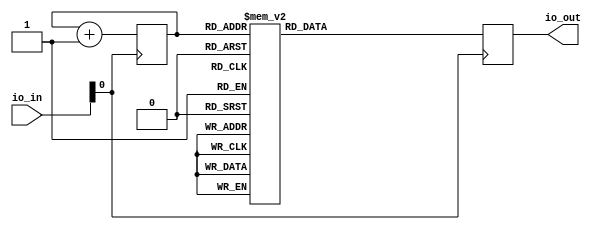
module secretFile (
    input [7:0] io_in,
    output reg [7:0] io_out
);

wire clk = io_in[0];

reg [8:0] index;

always@(posedge clk) begin
//	if(index == 9'd487)
//		index <= 9'd0;
//	else
	index <= index + 1'd1;
	case(index)
		9'b000000000: io_out <= 8'b01000111;
		9'b000000001: io_out <= 8'b01001001;
		9'b000000010: io_out <= 8'b01000110;
		9'b000000011: io_out <= 8'b00111000;
		9'b000000100: io_out <= 8'b00111001;
		9'b000000101: io_out <= 8'b01100001;
		9'b000000110: io_out <= 8'b00100000;
		9'b000001000: io_out <= 8'b00100000;
		9'b000001010: io_out <= 8'b11110001;
		9'b000001101: io_out <= 8'b01000001;
		9'b000001110: io_out <= 8'b00111000;
		9'b000001111: io_out <= 8'b00101110;
		9'b000010000: io_out <= 8'b10010111;
		9'b000010001: io_out <= 8'b01101000;
		9'b000010010: io_out <= 8'b01100110;
		9'b000010011: io_out <= 8'b10100001;
		9'b000010100: io_out <= 8'b10100010;
		9'b000010101: io_out <= 8'b10110010;
		9'b000011001: io_out <= 8'b00100001;
		9'b000011010: io_out <= 8'b11111111;
		9'b000011011: io_out <= 8'b00001011;
		9'b000011100: io_out <= 8'b01001110;
		9'b000011101: io_out <= 8'b01000101;
		9'b000011110: io_out <= 8'b01010100;
		9'b000011111: io_out <= 8'b01010011;
		9'b000100000: io_out <= 8'b01000011;
		9'b000100001: io_out <= 8'b01000001;
		9'b000100010: io_out <= 8'b01010000;
		9'b000100011: io_out <= 8'b01000101;
		9'b000100100: io_out <= 8'b00110010;
		9'b000100101: io_out <= 8'b00101110;
		9'b000100110: io_out <= 8'b00110000;
		9'b000100111: io_out <= 8'b00000011;
		9'b000101000: io_out <= 8'b00000001;
		9'b000101100: io_out <= 8'b00100001;
		9'b000101101: io_out <= 8'b11111001;
		9'b000101110: io_out <= 8'b00000100;
		9'b000101111: io_out <= 8'b00000100;
		9'b000110000: io_out <= 8'b00011110;
		9'b000110010: io_out <= 8'b11111111;
		9'b000110100: io_out <= 8'b00101100;
		9'b000111001: io_out <= 8'b00100000;
		9'b000111011: io_out <= 8'b00100000;
		9'b000111110: io_out <= 8'b00000010;
		9'b000111111: io_out <= 8'b01110001;
		9'b001000000: io_out <= 8'b10010100;
		9'b001000001: io_out <= 8'b10001111;
		9'b001000010: io_out <= 8'b10101001;
		9'b001000011: io_out <= 8'b11001011;
		9'b001000100: io_out <= 8'b11101101;
		9'b001000101: io_out <= 8'b00001111;
		9'b001000110: io_out <= 8'b10100011;
		9'b001000111: io_out <= 8'b10011100;
		9'b001001000: io_out <= 8'b00110100;
		9'b001001001: io_out <= 8'b10000001;
		9'b001001010: io_out <= 8'b00001011;
		9'b001001011: io_out <= 8'b01000010;
		9'b001001100: io_out <= 8'b01110101;
		9'b001001101: io_out <= 8'b00011000;
		9'b001001110: io_out <= 8'b11101111;
		9'b001001111: io_out <= 8'b00010101;
		9'b001010000: io_out <= 8'b01100100;
		9'b001010001: io_out <= 8'b01000001;
		9'b001010010: io_out <= 8'b00001000;
		9'b001010011: io_out <= 8'b01111100;
		9'b001010100: io_out <= 8'b11001010;
		9'b001010101: io_out <= 8'b10001000;
		9'b001010110: io_out <= 8'b10001110;
		9'b001010111: io_out <= 8'b11100110;
		9'b001011000: io_out <= 8'b10011001;
		9'b001011001: io_out <= 8'b01101010;
		9'b001011010: io_out <= 8'b00101011;
		9'b001011011: io_out <= 8'b11010010;
		9'b001011100: io_out <= 8'b10111010;
		9'b001011101: io_out <= 8'b10101111;
		9'b001011110: io_out <= 8'b00010001;
		9'b001011111: io_out <= 8'b11001111;
		9'b001100000: io_out <= 8'b01000111;
		9'b001100001: io_out <= 8'b01101011;
		9'b001100010: io_out <= 8'b11011111;
		9'b001100011: io_out <= 8'b01101001;
		9'b001100100: io_out <= 8'b10101110;
		9'b001100101: io_out <= 8'b10101011;
		9'b001100110: io_out <= 8'b01111100;
		9'b001100111: io_out <= 8'b11101100;
		9'b001101000: io_out <= 8'b00110011;
		9'b001101001: io_out <= 8'b10000101;
		9'b001101010: io_out <= 8'b01110000;
		9'b001101011: io_out <= 8'b00011101;
		9'b001101100: io_out <= 8'b10011001;
		9'b001101101: io_out <= 8'b10000100;
		9'b001101110: io_out <= 8'b10010100;
		9'b001101111: io_out <= 8'b00010001;
		9'b001110000: io_out <= 8'b11111000;
		9'b001110001: io_out <= 8'b00111010;
		9'b001110010: io_out <= 8'b00010111;
		9'b001110011: io_out <= 8'b01100011;
		9'b001110100: io_out <= 8'b01100011;
		9'b001110101: io_out <= 8'b01010100;
		9'b001110110: io_out <= 8'b01010100;
		9'b001110111: io_out <= 8'b11010010;
		9'b001111000: io_out <= 8'b10011000;
		9'b001111001: io_out <= 8'b01001001;
		9'b001111010: io_out <= 8'b00001000;
		9'b001111011: io_out <= 8'b10110101;
		9'b001111100: io_out <= 8'b00001001;
		9'b001111101: io_out <= 8'b10111101;
		9'b001111110: io_out <= 8'b01000110;
		9'b001111111: io_out <= 8'b10101110;
		9'b010000000: io_out <= 8'b00100010;
		9'b010000001: io_out <= 8'b01101110;
		9'b010000010: io_out <= 8'b11001001;
		9'b010000011: io_out <= 8'b01111010;
		9'b010000100: io_out <= 8'b11001101;
		9'b010000101: io_out <= 8'b01101010;
		9'b010000110: io_out <= 8'b11000001;
		9'b010000111: io_out <= 8'b01010100;
		9'b010001000: io_out <= 8'b00010010;
		9'b010001001: io_out <= 8'b10001010;
		9'b010001010: io_out <= 8'b10111001;
		9'b010001011: io_out <= 8'b11100101;
		9'b010001100: io_out <= 8'b00001110;
		9'b010001101: io_out <= 8'b11000101;
		9'b010001110: io_out <= 8'b10010111;
		9'b010001111: io_out <= 8'b10110100;
		9'b010010000: io_out <= 8'b11110111;
		9'b010010001: io_out <= 8'b11011100;
		9'b010010010: io_out <= 8'b01110001;
		9'b010010011: io_out <= 8'b10111111;
		9'b010010100: io_out <= 8'b10010001;
		9'b010010101: io_out <= 8'b01001101;
		9'b010010110: io_out <= 8'b10110010;
		9'b010010111: io_out <= 8'b10010111;
		9'b010011000: io_out <= 8'b11111011;
		9'b010011001: io_out <= 8'b01100000;
		9'b010011010: io_out <= 8'b11011111;
		9'b010011011: io_out <= 8'b10011001;
		9'b010011100: io_out <= 8'b11001110;
		9'b010011101: io_out <= 8'b00000100;
		9'b010011110: io_out <= 8'b01111100;
		9'b010011111: io_out <= 8'b10001111;
		9'b010100000: io_out <= 8'b11110110;
		9'b010100001: io_out <= 8'b11110100;
		9'b010100010: io_out <= 8'b00000111;
		9'b010100011: io_out <= 8'b01011000;
		9'b010100100: io_out <= 8'b11100111;
		9'b010100101: io_out <= 8'b10100000;
		9'b010100110: io_out <= 8'b00000111;
		9'b010100111: io_out <= 8'b11011000;
		9'b010101000: io_out <= 8'b01110111;
		9'b010101001: io_out <= 8'b01000010;
		9'b010101010: io_out <= 8'b01011000;
		9'b010101011: io_out <= 8'b01111000;
		9'b010101100: io_out <= 8'b10100100;
		9'b010101101: io_out <= 8'b11000110;
		9'b010101110: io_out <= 8'b11010111;
		9'b010101111: io_out <= 8'b01010000;
		9'b010110010: io_out <= 8'b00100001;
		9'b010110011: io_out <= 8'b11111001;
		9'b010110100: io_out <= 8'b00000100;
		9'b010110101: io_out <= 8'b00000101;
		9'b010110110: io_out <= 8'b00011110;
		9'b010111000: io_out <= 8'b00000011;
		9'b010111010: io_out <= 8'b00101100;
		9'b010111011: io_out <= 8'b00000101;
		9'b010111101: io_out <= 8'b00000011;
		9'b010111111: io_out <= 8'b00011000;
		9'b011000001: io_out <= 8'b00011101;
		9'b011000100: io_out <= 8'b00000010;
		9'b011000101: io_out <= 8'b01100010;
		9'b011000110: io_out <= 8'b10010100;
		9'b011000111: io_out <= 8'b10001111;
		9'b011001000: io_out <= 8'b00010010;
		9'b011001010: io_out <= 8'b11101001;
		9'b011001011: io_out <= 8'b10101111;
		9'b011001100: io_out <= 8'b00011000;
		9'b011001101: io_out <= 8'b00001011;
		9'b011001110: io_out <= 8'b10110000;
		9'b011001111: io_out <= 8'b00001010;
		9'b011010000: io_out <= 8'b10111001;
		9'b011010001: io_out <= 8'b10011010;
		9'b011010010: io_out <= 8'b01111101;
		9'b011010011: io_out <= 8'b00100000;
		9'b011010100: io_out <= 8'b01111000;
		9'b011010101: io_out <= 8'b10111111;
		9'b011010110: io_out <= 8'b00111001;
		9'b011010111: io_out <= 8'b11011111;
		9'b011011000: io_out <= 8'b00011000;
		9'b011011001: io_out <= 8'b10001010;
		9'b011011010: io_out <= 8'b00100011;
		9'b011011011: io_out <= 8'b01010101;
		9'b011011100: io_out <= 8'b00100010;
		9'b011011101: io_out <= 8'b00100111;
		9'b011011110: io_out <= 8'b10011010;
		9'b011011111: io_out <= 8'b00011010;
		9'b011100000: io_out <= 8'b01101011;
		9'b011100001: io_out <= 8'b10101011;
		9'b011100010: io_out <= 8'b01111110;
		9'b011100011: io_out <= 8'b01110000;
		9'b011100100: io_out <= 8'b00101100;
		9'b011100101: io_out <= 8'b11001111;
		9'b011100110: io_out <= 8'b11101110;
		9'b011100111: io_out <= 8'b01101001;
		9'b011101000: io_out <= 8'b11001011;
		9'b011101001: io_out <= 8'b01011001;
		9'b011101010: io_out <= 8'b11000111;
		9'b011101011: io_out <= 8'b01010110;
		9'b011101100: io_out <= 8'b10010100;
		9'b011101101: io_out <= 8'b00101110;
		9'b011101110: io_out <= 8'b11000001;
		9'b011101111: io_out <= 8'b11111000;
		9'b011110000: io_out <= 8'b01111110;
		9'b011110001: io_out <= 8'b10100000;
		9'b011110010: io_out <= 8'b01100000;
		9'b011110011: io_out <= 8'b00010000;
		9'b011110100: io_out <= 8'b10010010;
		9'b011110101: io_out <= 8'b00011001;
		9'b011110110: io_out <= 8'b00011001;
		9'b011110111: io_out <= 8'b10001111;
		9'b011111000: io_out <= 8'b10001001;
		9'b011111001: io_out <= 8'b00011101;
		9'b011111010: io_out <= 8'b11001111;
		9'b011111011: io_out <= 8'b10110011;
		9'b011111100: io_out <= 8'b10010100;
		9'b011111101: io_out <= 8'b10001000;
		9'b011111110: io_out <= 8'b10001100;
		9'b011111111: io_out <= 8'b10011111;
		9'b100000000: io_out <= 8'b00101000;
		9'b100000001: io_out <= 8'b01100011;
		9'b100000010: io_out <= 8'b00011010;
		9'b100000011: io_out <= 8'b01110100;
		9'b100000100: io_out <= 8'b01000110;
		9'b100000101: io_out <= 8'b10110001;
		9'b100000110: io_out <= 8'b01011001;
		9'b100000111: io_out <= 8'b11101011;
		9'b100001000: io_out <= 8'b10100100;
		9'b100001001: io_out <= 8'b10111001;
		9'b100001010: io_out <= 8'b11010100;
		9'b100001011: io_out <= 8'b01010010;
		9'b100001100: io_out <= 8'b11000001;
		9'b100001101: io_out <= 8'b01011101;
		9'b100001110: io_out <= 8'b11101111;
		9'b100001111: io_out <= 8'b00110101;
		9'b100010000: io_out <= 8'b01100001;
		9'b100010001: io_out <= 8'b10110110;
		9'b100010010: io_out <= 8'b00110110;
		9'b100010011: io_out <= 8'b11000101;
		9'b100010100: io_out <= 8'b01101001;
		9'b100010101: io_out <= 8'b01110010;
		9'b100010110: io_out <= 8'b11011010;
		9'b100010111: io_out <= 8'b11101000;
		9'b100011000: io_out <= 8'b01111110;
		9'b100011001: io_out <= 8'b01001011;
		9'b100011010: io_out <= 8'b00001111;
		9'b100011011: io_out <= 8'b01010101;
		9'b100011100: io_out <= 8'b11111001;
		9'b100011101: io_out <= 8'b11111100;
		9'b100011110: io_out <= 8'b11000110;
		9'b100011111: io_out <= 8'b00110110;
		9'b100100000: io_out <= 8'b11010011;
		9'b100100001: io_out <= 8'b10101000;
		9'b100100010: io_out <= 8'b11100110;
		9'b100100011: io_out <= 8'b01011110;
		9'b100100100: io_out <= 8'b00111110;
		9'b100100101: io_out <= 8'b11011111;
		9'b100100110: io_out <= 8'b01010001;
		9'b100101001: io_out <= 8'b00100001;
		9'b100101010: io_out <= 8'b11111001;
		9'b100101011: io_out <= 8'b00000100;
		9'b100101100: io_out <= 8'b00000101;
		9'b100101101: io_out <= 8'b00011110;
		9'b100101111: io_out <= 8'b00000011;
		9'b100110001: io_out <= 8'b00101100;
		9'b100110110: io_out <= 8'b00011101;
		9'b100111000: io_out <= 8'b00100000;
		9'b100111011: io_out <= 8'b00000010;
		9'b100111100: io_out <= 8'b01111101;
		9'b100111101: io_out <= 8'b10010100;
		9'b100111110: io_out <= 8'b10001111;
		9'b100111111: io_out <= 8'b00010110;
		9'b101000000: io_out <= 8'b00011011;
		9'b101000001: io_out <= 8'b11101001;
		9'b101000010: io_out <= 8'b11101111;
		9'b101000011: io_out <= 8'b00000010;
		9'b101000100: io_out <= 8'b10011000;
		9'b101000101: io_out <= 8'b10100000;
		9'b101000110: io_out <= 8'b11000001;
		9'b101000111: io_out <= 8'b10001011;
		9'b101001000: io_out <= 8'b00100100;
		9'b101001001: io_out <= 8'b10011101;
		9'b101001010: io_out <= 8'b10111000;
		9'b101001011: io_out <= 8'b10001011;
		9'b101001100: io_out <= 8'b11001101;
		9'b101001101: io_out <= 8'b01111000;
		9'b101001110: io_out <= 8'b10010111;
		9'b101001111: io_out <= 8'b11000110;
		9'b101010000: io_out <= 8'b00101100;
		9'b101010001: io_out <= 8'b00100010;
		9'b101010010: io_out <= 8'b01000100;
		9'b101010011: io_out <= 8'b10010101;
		9'b101010100: io_out <= 8'b11010110;
		9'b101010101: io_out <= 8'b10011001;
		9'b101010110: io_out <= 8'b10010000;
		9'b101010111: io_out <= 8'b00100101;
		9'b101011000: io_out <= 8'b00011011;
		9'b101011001: io_out <= 8'b10101001;
		9'b101011010: io_out <= 8'b00100110;
		9'b101011011: io_out <= 8'b11011100;
		9'b101011100: io_out <= 8'b11001010;
		9'b101011101: io_out <= 8'b01110100;
		9'b101011110: io_out <= 8'b10101101;
		9'b101011111: io_out <= 8'b11011110;
		9'b101100000: io_out <= 8'b10000111;
		9'b101100001: io_out <= 8'b10111100;
		9'b101100010: io_out <= 8'b11011110;
		9'b101100011: io_out <= 8'b10010010;
		9'b101100100: io_out <= 8'b01001101;
		9'b101100101: io_out <= 8'b11010011;
		9'b101100110: io_out <= 8'b01001100;
		9'b101100111: io_out <= 8'b01111000;
		9'b101101000: io_out <= 8'b01000011;
		9'b101101001: io_out <= 8'b10001111;
		9'b101101010: io_out <= 8'b01110000;
		9'b101101011: io_out <= 8'b00100011;
		9'b101101100: io_out <= 8'b00110000;
		9'b101101101: io_out <= 8'b00101101;
		9'b101101110: io_out <= 8'b01010010;
		9'b101101111: io_out <= 8'b10011101;
		9'b101110000: io_out <= 8'b00001101;
		9'b101110001: io_out <= 8'b00110010;
		9'b101110010: io_out <= 8'b10011001;
		9'b101110011: io_out <= 8'b00010100;
		9'b101110100: io_out <= 8'b11110110;
		9'b101110101: io_out <= 8'b00100010;
		9'b101110110: io_out <= 8'b11001110;
		9'b101110111: io_out <= 8'b11010100;
		9'b101111000: io_out <= 8'b10110010;
		9'b101111001: io_out <= 8'b11110010;
		9'b101111010: io_out <= 8'b01000100;
		9'b101111011: io_out <= 8'b01010101;
		9'b101111100: io_out <= 8'b10101101;
		9'b101111101: io_out <= 8'b11000011;
		9'b101111110: io_out <= 8'b11101100;
		9'b101111111: io_out <= 8'b01100011;
		9'b110000000: io_out <= 8'b11001011;
		9'b110000001: io_out <= 8'b00000101;
		9'b110000010: io_out <= 8'b01111100;
		9'b110000011: io_out <= 8'b00101000;
		9'b110000100: io_out <= 8'b00100011;
		9'b110000101: io_out <= 8'b11110000;
		9'b110000110: io_out <= 8'b11110000;
		9'b110000111: io_out <= 8'b01001000;
		9'b110001000: io_out <= 8'b10000110;
		9'b110001001: io_out <= 8'b10100000;
		9'b110001010: io_out <= 8'b10101011;
		9'b110001011: io_out <= 8'b01101011;
		9'b110001100: io_out <= 8'b10110001;
		9'b110001101: io_out <= 8'b11010110;
		9'b110001110: io_out <= 8'b01101100;
		9'b110001111: io_out <= 8'b10111110;
		9'b110010000: io_out <= 8'b11000000;
		9'b110010001: io_out <= 8'b11100001;
		9'b110010010: io_out <= 8'b11010011;
		9'b110010011: io_out <= 8'b11000011;
		9'b110010100: io_out <= 8'b00011100;
		9'b110010101: io_out <= 8'b10111011;
		9'b110010110: io_out <= 8'b00001101;
		9'b110010111: io_out <= 8'b00100001;
		9'b110011000: io_out <= 8'b11100110;
		9'b110011001: io_out <= 8'b10001100;
		9'b110011010: io_out <= 8'b11111100;
		9'b110011011: io_out <= 8'b01001100;
		9'b110011100: io_out <= 8'b11000001;
		9'b110011101: io_out <= 8'b01110111;
		9'b110011110: io_out <= 8'b11000101;
		9'b110011111: io_out <= 8'b00110110;
		9'b110100000: io_out <= 8'b01110101;
		9'b110100001: io_out <= 8'b11010111;
		9'b110100010: io_out <= 8'b01110110;
		9'b110100011: io_out <= 8'b00000110;
		9'b110100100: io_out <= 8'b00000101;
		9'b110100101: io_out <= 8'b01111000;
		9'b110100110: io_out <= 8'b00000111;
		9'b110100111: io_out <= 8'b10100110;
		9'b110101000: io_out <= 8'b10110111;
		9'b110101001: io_out <= 8'b10100011;
		9'b110101010: io_out <= 8'b01001000;
		9'b110101011: io_out <= 8'b10010110;
		9'b110101100: io_out <= 8'b11110011;
		9'b110101101: io_out <= 8'b11100101;
		9'b110101110: io_out <= 8'b01111000;
		9'b110101111: io_out <= 8'b11100010;
		9'b110110000: io_out <= 8'b01011000;
		9'b110110001: io_out <= 8'b00100001;
		9'b110110010: io_out <= 8'b01000010;
		9'b110110011: io_out <= 8'b01011001;
		9'b110110100: io_out <= 8'b01000111;
		9'b110110101: io_out <= 8'b11100101;
		9'b110110110: io_out <= 8'b10001000;
		9'b110110111: io_out <= 8'b01101001;
		9'b110111000: io_out <= 8'b01010000;
		9'b110111011: io_out <= 8'b00111011;
		9'b110111100: io_out <= 8'b01100010;
		9'b110111101: io_out <= 8'b01101001;
		9'b110111110: io_out <= 8'b01110100;
		9'b110111111: io_out <= 8'b01101100;
		9'b111000000: io_out <= 8'b01110101;
		9'b111000001: io_out <= 8'b01101110;
		9'b111000010: io_out <= 8'b01101001;
		default: io_out <= 8'b00000000;
	endcase;
end

endmodule